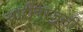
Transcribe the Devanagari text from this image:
चारीबाजूनी